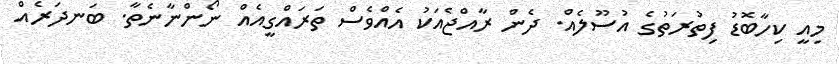
މިއީ ކިހާބޮޑު ފިތުރަތުގެ އުސޫލެއް. ދެން ރާއްޖެއަކު އެއްވެސް ތަރައްގީއެއް ނޯންނާނެތާ. ބަނދަރެއް